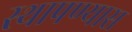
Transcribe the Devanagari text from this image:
स्थापण्यास